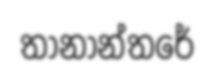
තානාන්තරේ